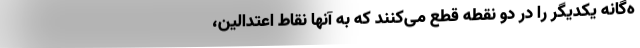
ه‌گانه یکدیگر را در دو نقطه قطع می‌کنند که به آنها نقاط اعتدالین،